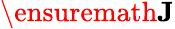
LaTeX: \ensuremath\mathbf{J}